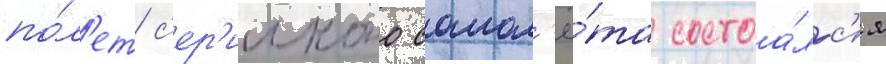
по́л'ет с'ер'ииного самол'ё́та состоа́лс'я